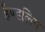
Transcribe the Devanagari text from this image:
हैण्डलिंग